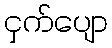
ငှက်ပျော